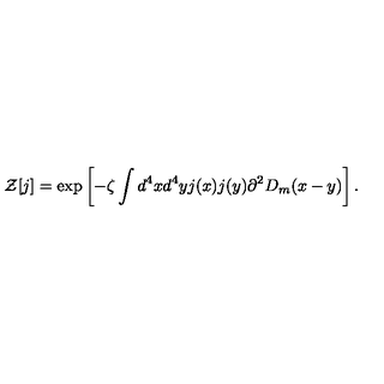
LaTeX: { \cal Z } [ j ] = \exp \left[ - \zeta \int d ^ { 4 } x d ^ { 4 } y j ( x ) j ( y ) \partial ^ { 2 } D _ { m } ( x - y ) \right] .